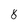
Character: 8